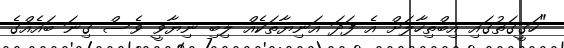
"ހަގީގަތުގައި އިބްތިހާލަށް އެ ފަދަ އަނިޔާތަކެއް ލިބި ނިޔާވީ ވެސް ގިނަ ބައެއްގެ